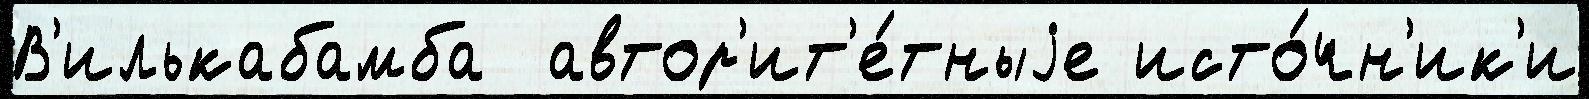
В'илькабамба  автор'ит'е́тныjе исто́чн'ик'и